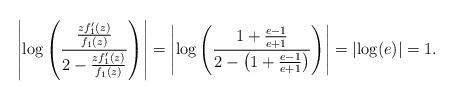
LaTeX: \begin{align*} \left|\log\left( \frac{\frac{zf_1'(z)}{f_1(z)}}{2-\frac{zf_1'(z)}{f_1(z)}}\right)\right| =\left|\log\left( \frac{1+\frac{e-1}{e+1}}{2-\left(1+\frac{e-1}{e+1}\right)}\right)\right|=\left|\log(e)\right|=1. \end{align*}